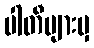
ပါတီများမှ